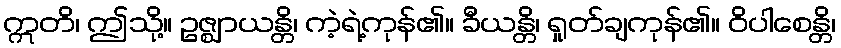
ဣတိ၊ ဤသို့။ ဥဇ္ဈာယန္တိ၊ ကဲ့ရဲ့ကုန်၏။ ခီယန္တိ၊ ရှုတ်ချကုန်၏။ ဝိပါစေန္တိ၊